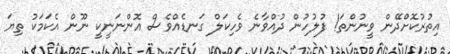
އިތުރުކޮށްދޭން ވީނުންތަ! ފުލުހުން ދުއްވާނެ ވެހިކަލް ގަނޑެއްވެސް އޮންނަނީކީ ނޫން އެކަމަކު ތިޔަ